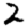
Digit: 2